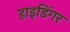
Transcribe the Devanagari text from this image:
हाइडिंगर